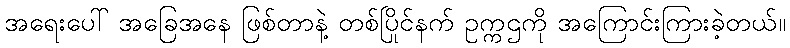
အရေးပေါ် အခြေအနေ ဖြစ်တာနဲ့ တစ်ပြိုင်နက် ဥက္ကဌကို အကြောင်းကြားခဲ့တယ်။